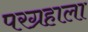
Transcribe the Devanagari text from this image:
परग्रहाला